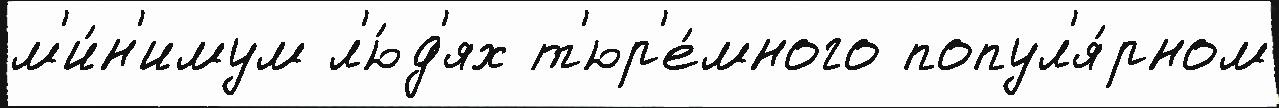
м'и́н'имум л'ю́д'ях т'юр'е́много попул'я́рном